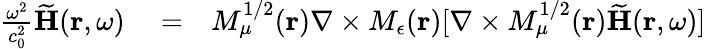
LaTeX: \begin{array}{rlr}{\frac{\omega^{2}}{c_{0}^{2}}\widetilde{\mathbf H}({\mathbf r},\omega)}&{{}=}&{M_{\mu}^{1/2}({\mathbf r})\nabla\times M_{\epsilon}({\mathbf r})[\nabla\times M_{\mu}^{1/2}({\mathbf r})\widetilde{\mathbf H}({\mathbf r},\omega)]}\end{array}